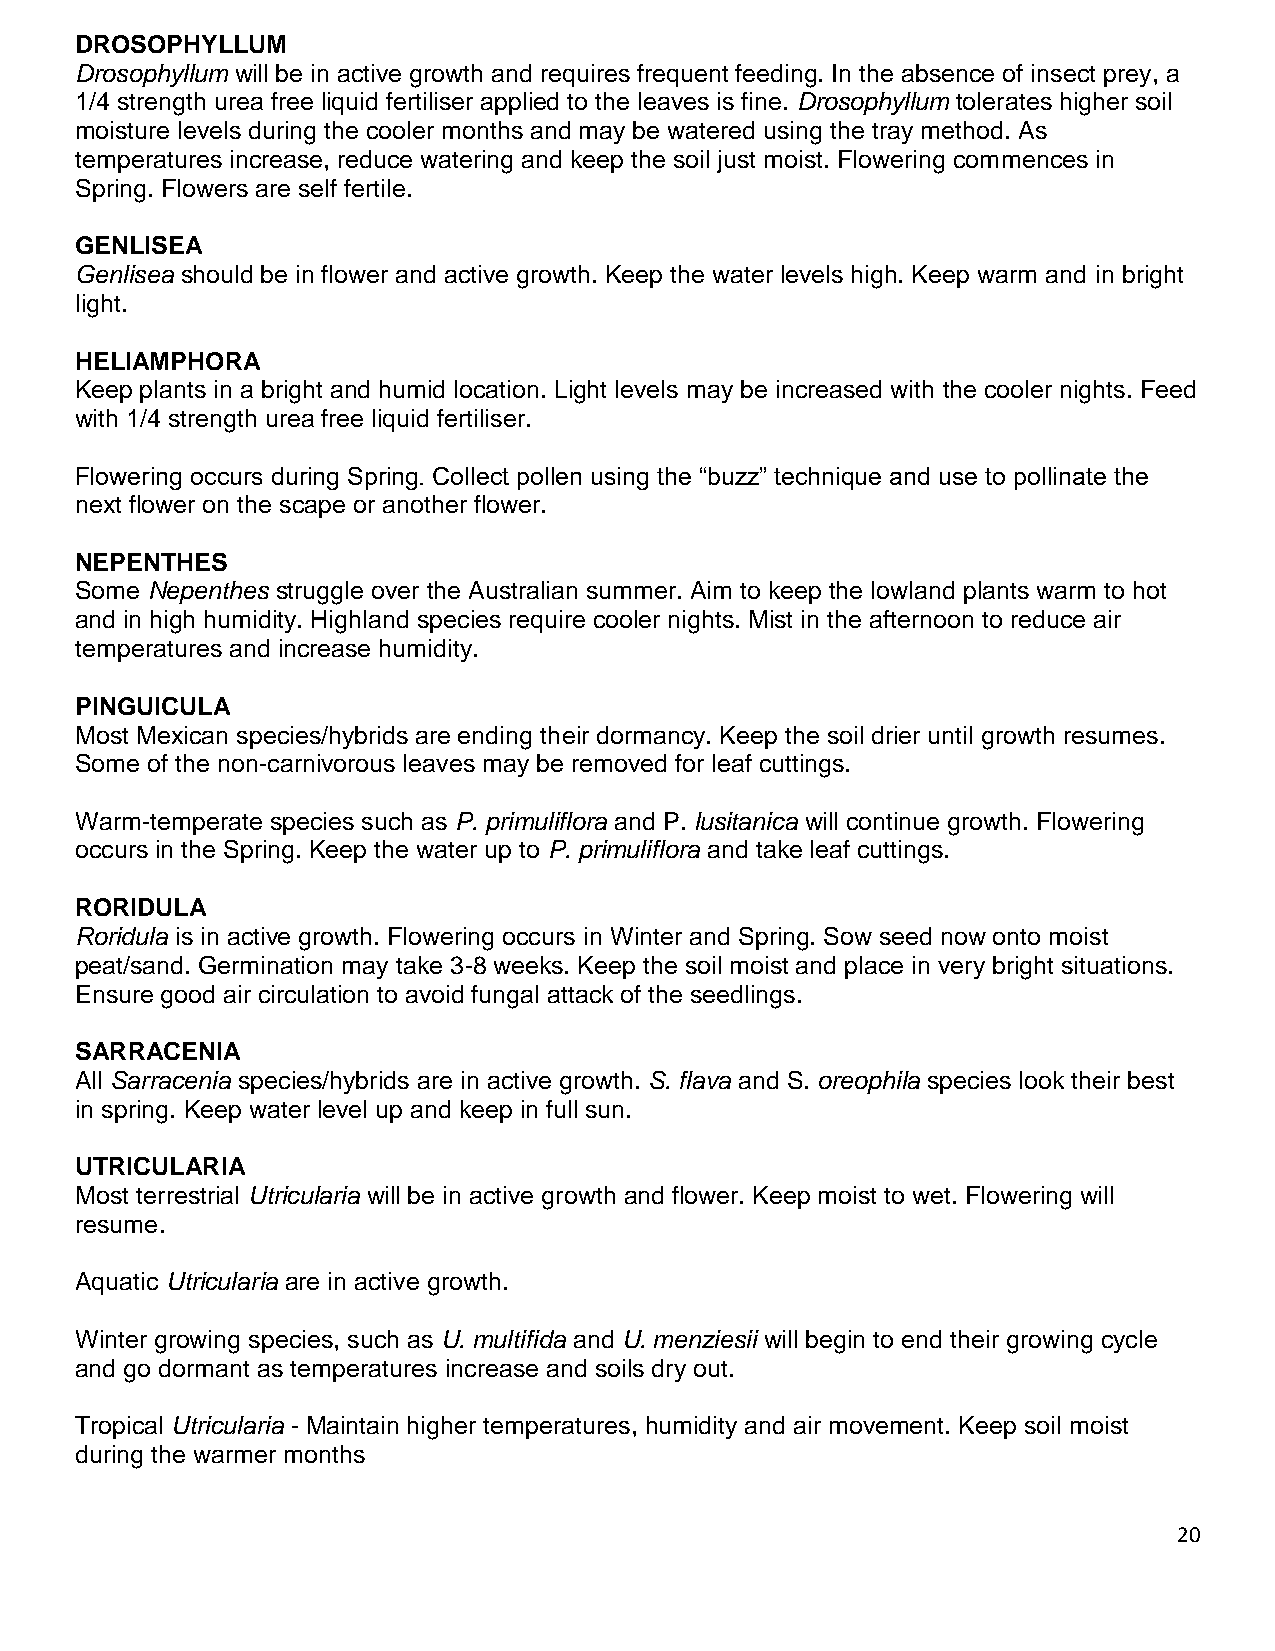
DROSOPHYLLUM
 Drosophyllum will be in active growth and requires frequent feeding. In the absence of insect prey, a
 1/4 strength urea free liquid fertiliser applied to the leaves is fine. Drosophyllum tolerates higher soil
 moisture levels during the cooler months and may be watered using the tray method. As
 temperatures increase, reduce watering and keep the soil just moist. Flowering commences in
 Spring. Flowers are self fertile.
 GENLISEA
 Genlisea should be in flower and active growth. Keep the water levels high. Keep warm and in bright
 light.
 HELIAMPHORA
 Keep plants in a bright and humid location. Light levels may be increased with the cooler nights. Feed
 with 1/4 strength urea free liquid fertiliser.
 Flowering occurs during Spring. Collect pollen using the “buzz” technique and use to pollinate the
 next flower on the scape or another flower.
 NEPENTHES
 Some Nepenthes struggle over the Australian summer. Aim to keep the lowland plants warm to hot
 and in high humidity. Highland species require cooler nights. Mist in the afternoon to reduce air
 temperatures and increase humidity.
 PINGUICULA
 Most Mexican species/hybrids are ending their dormancy. Keep the soil drier until growth resumes.
 Some of the non-carnivorous leaves may be removed for leaf cuttings.
 Warm-temperate species such as P. primuliflora and P. lusitanica will continue growth. Flowering
 occurs in the Spring. Keep the water up to P. primuliflora and take leaf cuttings.
 RORIDULA
 Roridula is in active growth. Flowering occurs in Winter and Spring. Sow seed now onto moist
 peat/sand. Germination may take 3-8 weeks. Keep the soil moist and place in very bright situations.
 Ensure good air circulation to avoid fungal attack of the seedlings.
 SARRACENIA
 All Sarracenia species/hybrids are in active growth. S. flava and S. oreophila species look their best
 in spring. Keep water level up and keep in full sun.
 UTRICULARIA
 Most terrestrial Utricularia will be in active growth and flower. Keep moist to wet. Flowering will
 resume.
 Aquatic Utricularia are in active growth.
 Winter growing species, such as U. multifida and U. menziesii will begin to end their growing cycle
 and go dormant as temperatures increase and soils dry out.
 Tropical Utricularia - Maintain higher temperatures, humidity and air movement. Keep soil moist
 during the warmer months
 20